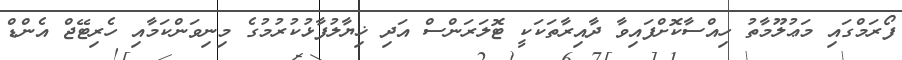
ފޯރަމްގައި މަޢުލޫމާތު ހިއްސާކޮށްފައިވާ ދާއިރާތަކަކީ ޓޮލަރަންސް އަދި ޚިޔާލުފާޅުކުރުމުގެ މިނިވަންކަމާއި ހެރިޓޭޖް އެންޑް